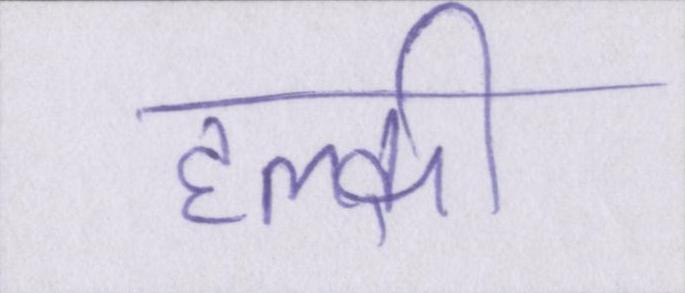
हल्की